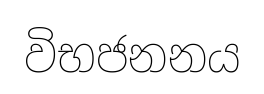
විභජනනය